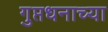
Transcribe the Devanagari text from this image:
गुप्तधनाच्या